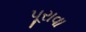
પૂરાવા